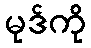
မုဒ်ကို